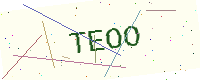
Text: TEOO